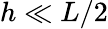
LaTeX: h\ll L/2